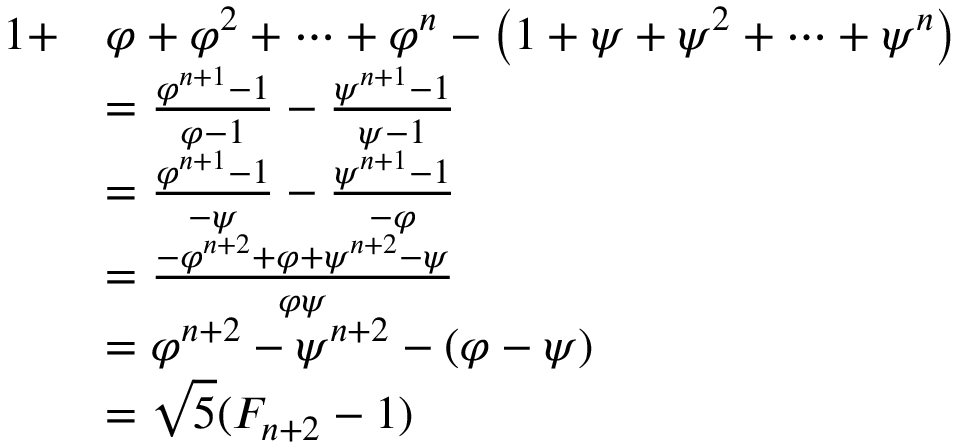
{ \begin{array} { r l } { 1 + } & { \varphi + \varphi ^ { 2 } + \dots + \varphi ^ { n } - \left( 1 + \psi + \psi ^ { 2 } + \dots + \psi ^ { n } \right) } \\ & { = { \frac { \varphi ^ { n + 1 } - 1 } { \varphi - 1 } } - { \frac { \psi ^ { n + 1 } - 1 } { \psi - 1 } } } \\ & { = { \frac { \varphi ^ { n + 1 } - 1 } { - \psi } } - { \frac { \psi ^ { n + 1 } - 1 } { - \varphi } } } \\ & { = { \frac { - \varphi ^ { n + 2 } + \varphi + \psi ^ { n + 2 } - \psi } { \varphi \psi } } } \\ & { = \varphi ^ { n + 2 } - \psi ^ { n + 2 } - ( \varphi - \psi ) } \\ & { = { \sqrt { 5 } } ( F _ { n + 2 } - 1 ) } \end{array} }